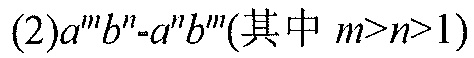
(2)\(a^{m}b^{n}-a^{n}b^{m}(\text{其中 }m > n > 1)\)